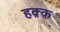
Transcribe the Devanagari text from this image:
हक़्क़